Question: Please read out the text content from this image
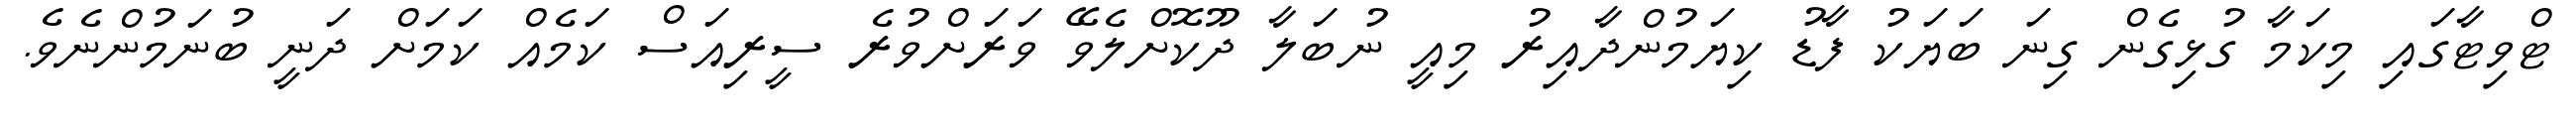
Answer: ޓްވިޓާގައި މިކަމާ ގުޅިގެން ގިނަ ބަޔަކު ފާޑު ކިޔަމުންދާއިރު މިއީ ނުބަލާ ދޫކޮށްލެވޭ ވަރަށްވުރެ ސީރިއަސް ކަމެއް ކަމަށް ދަނީ ބުނަމުންނެވެ.